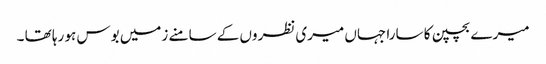
میرے بچپن کا سارا جہاں میری نظروں کے سامنے زمیں بوس ہو رہا تھا ۔